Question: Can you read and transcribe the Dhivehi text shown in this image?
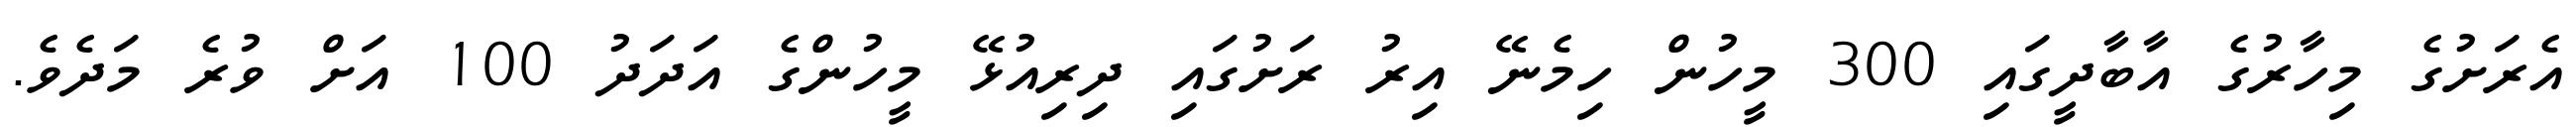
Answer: އެރަށުގެ މިހާރުގެ އާބާދީގައި 300 މީހުން ހިމެނޭ އިރު ރަށުގައި ދިރިއުޅޭ މީހުންގެ އަދަދު 100 އަށް ވުރެ މަދެވެ.